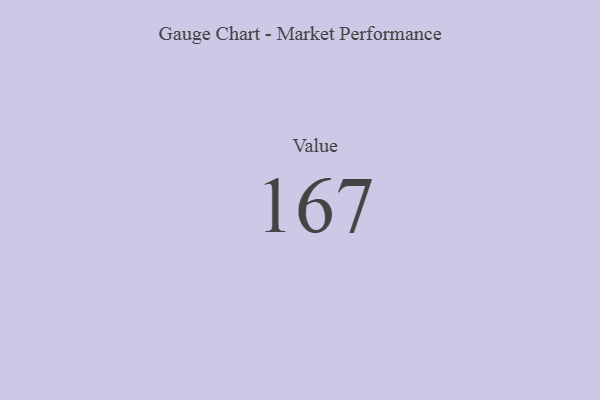
{"axis": {"x": "Metric", "y": "Value"}, "legend": [""], "data": [{"x": "Value", "y": 167, "type": ""}]}